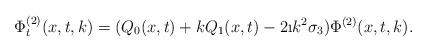
LaTeX: \begin{align*}\Phi^{(2)}_t(x,t,k)=(Q_0(x,t)+kQ_1(x,t)-2\i k^2\sigma_3)\Phi^{(2)}(x,t,k).\end{align*}